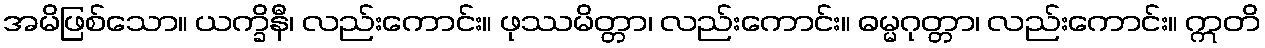
အမိဖြစ်သော။ ယက္ခိနီ၊ လည်းကောင်း။ ဖုဿမိတ္တာ၊ လည်းကောင်း။ ဓမ္မဂုတ္တာ၊ လည်းကောင်း။ ဣတိ